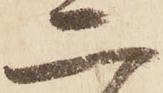
二